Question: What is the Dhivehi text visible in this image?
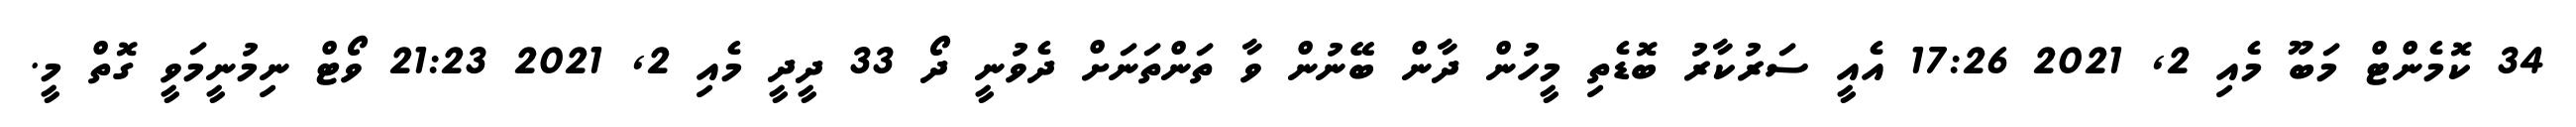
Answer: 34 ކޮމެންޓް މަބޫ މެއި 2, 2021 17:26 އެއީ ސަރުކާރު ބޮޑެތި މީހުން ދާން ބޭނުން ވާ ތަންތަނަށް ދެވުނީ ދޯ 33 ދީދީ މެއި 2, 2021 21:23 ވޯޓް ނިމުނީމަވީ ގޮތް މީ.